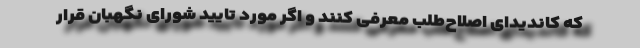
که کاندیدای اصلاح‌طلب معرفی کنند و اگر مورد تایید شورای نگهبان قرار